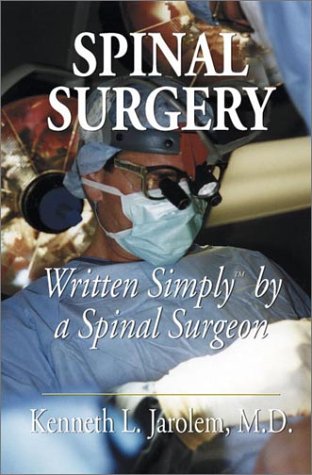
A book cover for Spinal Surgery Written Simply by a Spinal Surgeon; Kenneth L. Jarolem; Health, Fitness & Dieting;